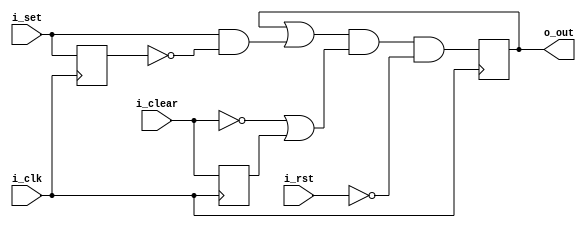
`default_nettype   none
module latch2(i_clk, i_rst,
	i_set, i_clear, o_out);

parameter W=1;

input wire i_clk;
input wire i_rst;
input wire [W-1:0] i_set;
input wire [W-1:0] i_clear;
output reg [W-1:0] o_out;

reg [W-1:0] i_set_delayed;
reg [W-1:0] i_clear_delayed;

wire [W-1:0] bits_to_set;
wire [W-1:0] no_bits_to_clear;
wire [W-1:0] no_initial_clear;

assign bits_to_set = (i_set & ~i_set_delayed);
assign no_bits_to_clear = ~i_clear | i_clear_delayed;
assign no_initial_clear = ~{(W){i_rst}};

always @(posedge i_clk) begin
	i_set_delayed <= i_set;
	i_clear_delayed <= i_clear;
	o_out <= (o_out | bits_to_set) & no_bits_to_clear & no_initial_clear;
end

endmodule